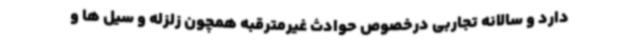
دارد و سالانه تجاربی درخصوص حوادث غیرمترقبه همچون زلزله و سیل ها و